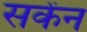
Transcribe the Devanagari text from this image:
सकेंन